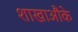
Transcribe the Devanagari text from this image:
शाखाऔंके